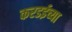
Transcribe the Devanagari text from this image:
करडईच्या